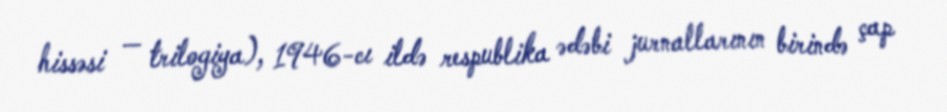
hissəsi — trilogiya), 1946-cı ildə respublika ədəbi jurnallarının birində çap